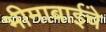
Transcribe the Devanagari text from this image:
भीमाबाईंचे